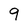
Character: 9